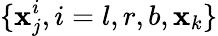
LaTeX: \{ \mathbf{x}_{j}^{i},i=l,r,b,\mathbf{x}_{k}\}